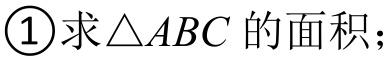
\textcircled{1}求\(\triangle ABC\)的面积；